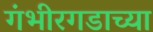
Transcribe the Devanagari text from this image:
गंभीरगडाच्या